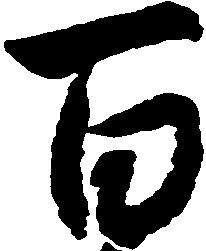
百